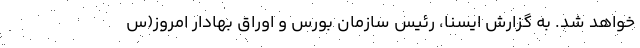
خواهد شد. به گزارش ایسنا، رئیس سازمان بورس و اوراق بهادار امروز(س